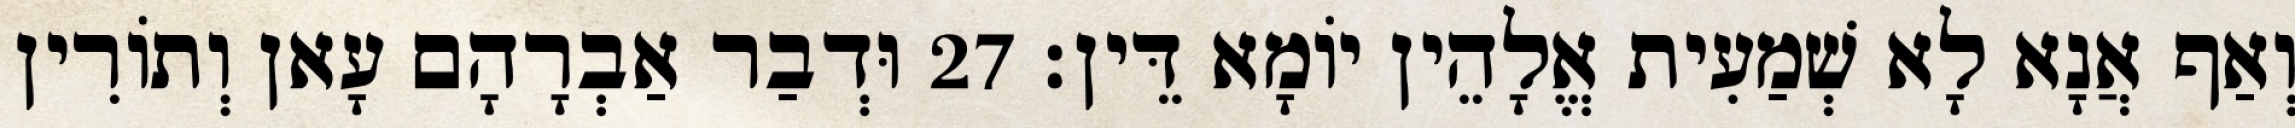
וְאַף אֲנָא לָא שְׁמַעִית אֱלָהֵין יוֹמָא דֵּין׃ 27 וּדְבַר אַבְרָהָם עָאן וְתוֹרִין